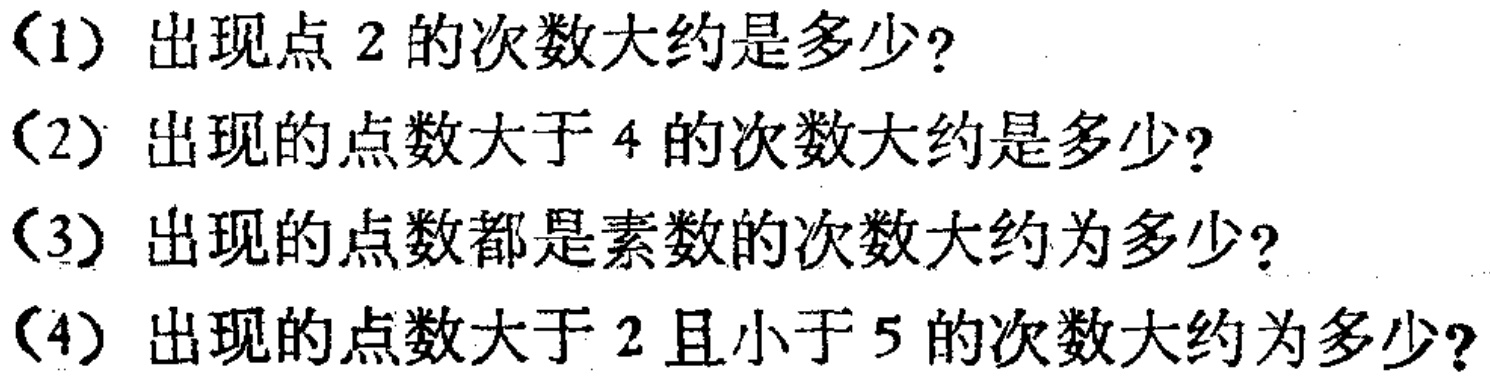
（1）出现点 2 的次数大约是多少？
（2）出现的点数大于 4 的次数大约是多少？
（3）出现的点数都是素数的次数大约为多少？
（4）出现的点数大于 2 且小于 5 的次数大约为多少？